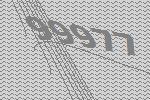
99977